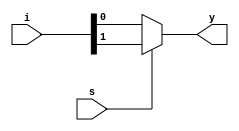
`timescale 1ns / 1ps
//////////////////////////////////////////////////////////////////////////////////
// Company: 
// Engineer: 
// 
// Design Name: 
// Module Name:    mux_2by1 
// Project Name: 
// Target Devices: 
// Tool versions: 
// Description: 
//
// Dependencies: 
//
// Revision: 
// Revision 0.01 - File Created
// Additional Comments: 
//
//////////////////////////////////////////////////////////////////////////////////
module mux_2by1(i,s,y);
  input [1:0]i;
  input s;
  output y;
  assign y=s?i[1]:i[0];
endmodule